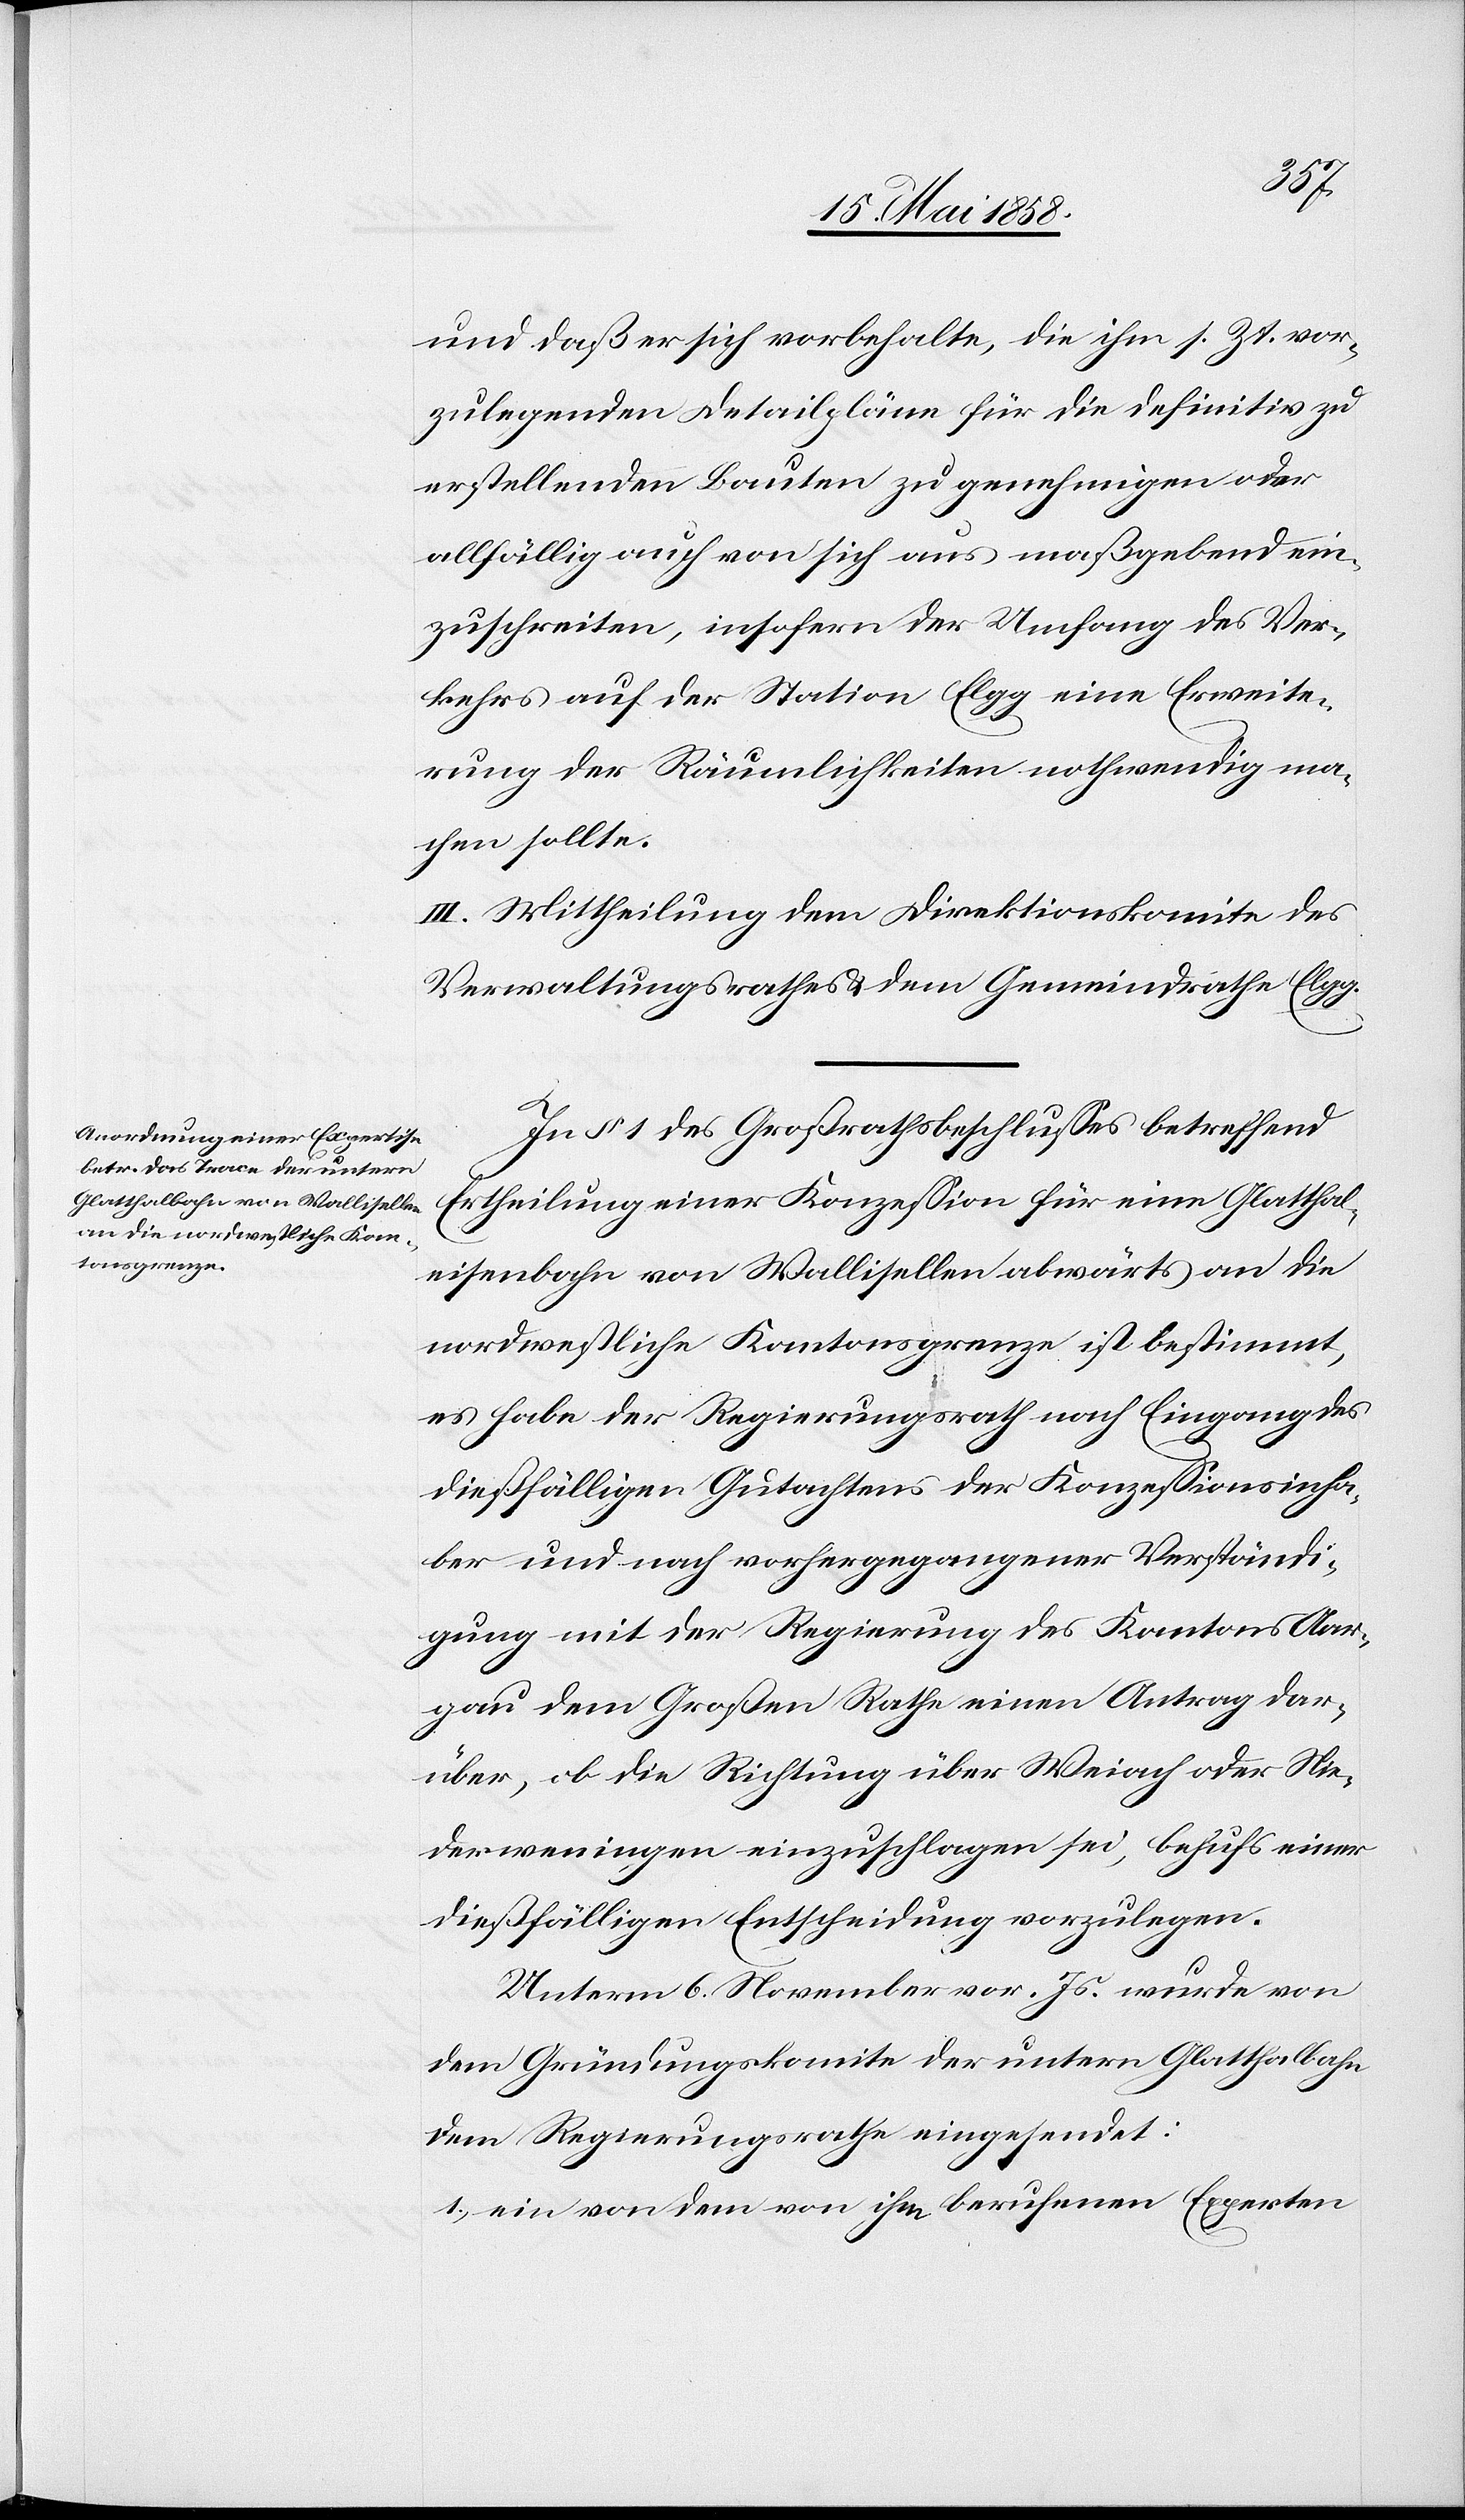
und daß er sich vorbehalte, die ihm s. Zt. vor¬
zulegenden Detailpläne für die definitiv zu
erstellenden Bauten zu genehmigen oder
allfällig auch von sich aus maßgebend ein¬
zuschreiten, insofern der Umfang des Ver¬
kehrs auf der Station Elgg eine Erweite¬
rung der Räumlichkeiten nothwendig ma¬
chen sollte.
II. Mittheilung dem Direktionskomite des
Verwaltungsrathes u. dem Gemeindrathe Elgg.
In § 1 des Großrathsbeschlusses betreffend
Ertheilung einer Konzession für eine Glatthal¬
eisenbahn von Wallisellen abwärts an die
nordwestliche Kantonsgrenze ist bestimmt,
es habe der Regierungsrath nach Eingang des
dießfälligen Gutachtens der Konzessionsinha¬
ber und nach vorhergegangener Verständi¬
gung mit der Regierung des Kantons Aar¬
gau dem Großen Rathe einen Antrag dar¬
über, ob die Richtung über Weiach oder Nie¬
derweningen einzuschlagen sei, behufs einer
dießfälligen Entscheidung vorzulegen.
Unterm 6. November vor. Js. wurde von
dem Gründungskomite der untern Glatthalbahn
dem Regierungsrathe eingesendet:
1) ein von dem ihm berufenen Experten